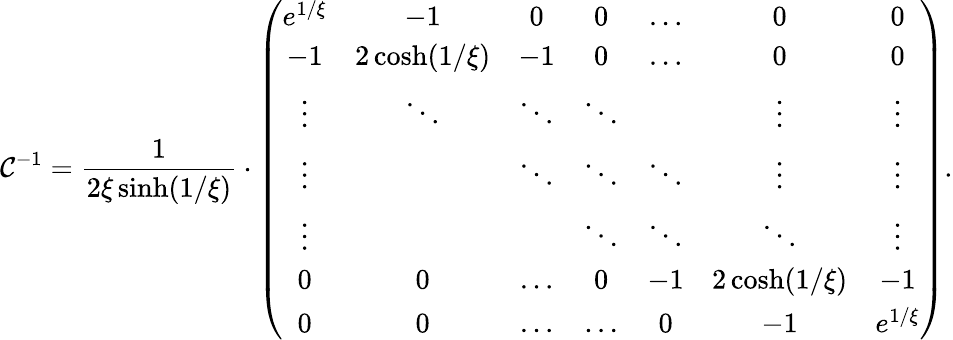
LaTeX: \mathcal{C}^{-1}=\frac{{1}}{{2\xi\sinh(1/\xi)}}\cdot\left(\begin{array}{ccccccc}{e^{1/\xi}}&{-1}&{0}&{0}&{\dots}&{0}&{0}\\ {-1}&{2\cosh(1/\xi)}&{-1}&{0}&{\dots}&{0}&{0}\\ {\vdots}&{\ddots}&{\ddots}&{\ddots}&{}&{\vdots}&{\vdots}\\ {\vdots}&{}&{\ddots}&{\ddots}&{\ddots}&{\vdots}&{\vdots}\\ {\vdots}&{}&{}&{\ddots}&{\ddots}&{\ddots}&{\vdots}\\ {0}&{0}&{\dots}&{0}&{-1}&{2\cosh(1/\xi)}&{-1}\\ {0}&{0}&{\dots}&{\dots}&{0}&{-1}&{e^{1/\xi}}\end{array}\right).